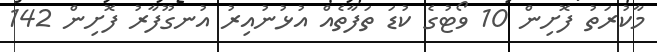
މާކުރަތު ފޮށިން 10 ވޯޓުގެ ކުޑަ ތަފާތެއް އުޅުނުއިރު އުނގޫފާރު ފޮށިން 142